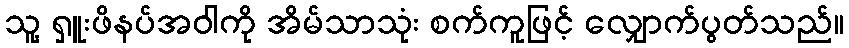
သူ့ ရှူးဖိနပ်အဝါကို အိမ်သာသုံး စက်ကူဖြင့် လျှောက်ပွတ်သည်။